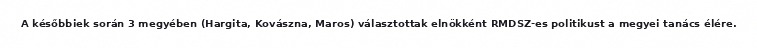
A későbbiek során 3 megyében (Hargita, Kovászna, Maros) választottak elnökként RMDSZ-es politikust a megyei tanács élére.